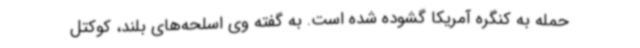
حمله به کنگره آمریکا گشوده شده است. به گفته وی اسلحه‌های بلند، کوکتل